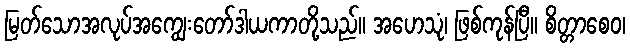
မြတ်သောအလုပ်အကျွေးတော်ဒါယကာတို့သည်။ အဟေသုံ၊ ဖြစ်ကုန်ပြီ။ စိတ္တာစေဝ၊